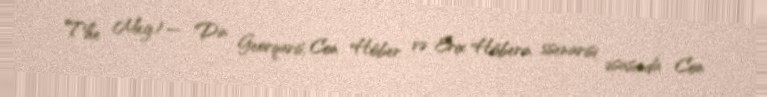
The Meg) — Din Georqaris, Con Höber və Erix Höberin ssenarisi əsasında Con